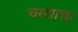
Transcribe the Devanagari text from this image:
चरणाचा